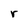
Character: r